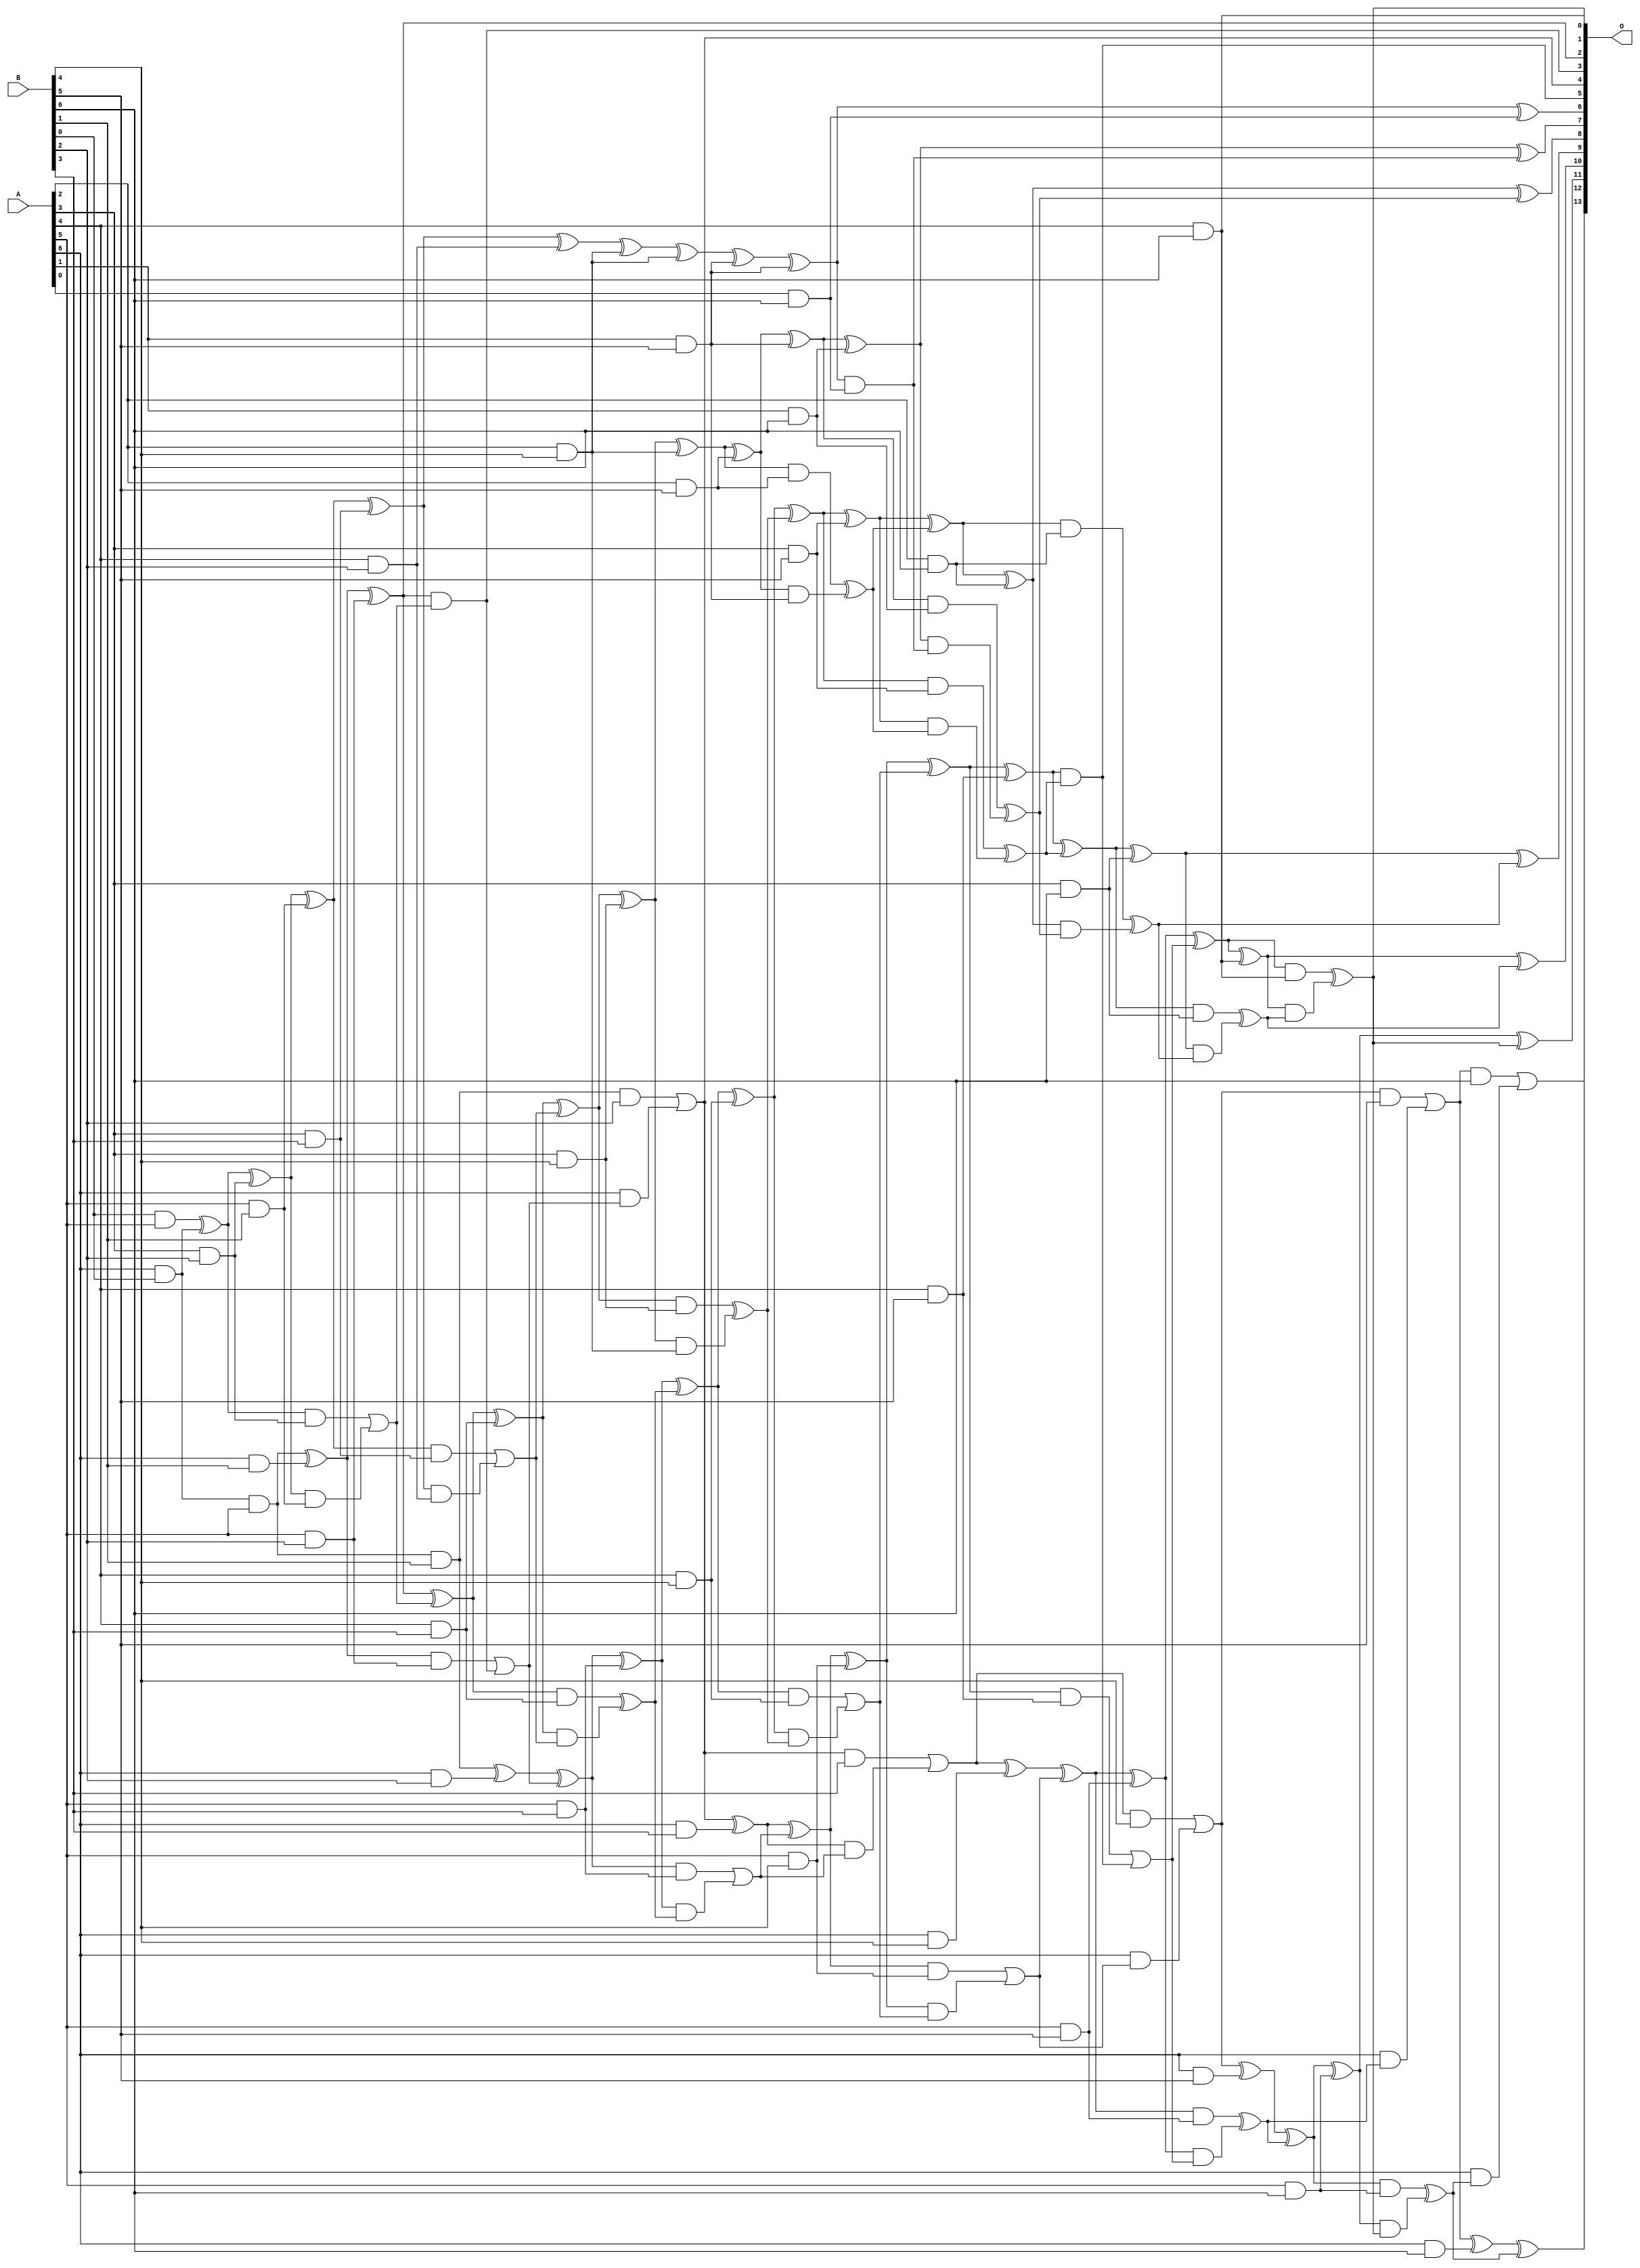
// This program was cloned from: https://github.com/ehw-fit/evoapproxlib
// License: MIT License

/***
* This code is a part of EvoApproxLib library (ehw.fit.vutbr.cz/approxlib) distributed under The MIT License.
* When used, please cite the following article(s): V. Mrazek, S. S. Sarwar, L. Sekanina, Z. Vasicek and K. Roy, "Design of power-efficient approximate multipliers for approximate artificial neural networks," 2016 IEEE/ACM International Conference on Computer-Aided Design (ICCAD), Austin, TX, 2016, pp. 1-7. doi: 10.1145/2966986.2967021 
* This file contains a circuit from a sub-set of pareto optimal circuits with respect to the pwr and mre parameters
***/
// MAE% = 0.23 %
// MAE = 38 
// WCE% = 0.96 %
// WCE = 158 
// WCRE% = 100.00 %
// EP% = 96.04 %
// MRE% = 4.91 %
// MSE = 2248 
// PDK45_PWR = 0.180 mW
// PDK45_AREA = 364.2 um2
// PDK45_DELAY = 1.40 ns


module mul7u_03K(A, B, O);
  input [6:0] A, B;
  output [13:0] O;
  wire [6:0] A, B;
  wire [13:0] O;
  wire sig_27, sig_49, sig_50, sig_51, sig_53, sig_54;
  wire sig_55, sig_56, sig_61, sig_62, sig_63, sig_80;
  wire sig_81, sig_82, sig_83, sig_84, sig_85, sig_87;
  wire sig_89, sig_90, sig_91, sig_92, sig_93, sig_94;
  wire sig_99, sig_100, sig_101, sig_102, sig_114, sig_115;
  wire sig_116, sig_117, sig_118, sig_119, sig_120, sig_121;
  wire sig_122, sig_123, sig_124, sig_125, sig_126, sig_127;
  wire sig_128, sig_129, sig_130, sig_131, sig_132, sig_133;
  wire sig_134, sig_137, sig_138, sig_139, sig_140, sig_141;
  wire sig_148, sig_149, sig_152, sig_153, sig_154, sig_155;
  wire sig_156, sig_157, sig_158, sig_159, sig_160, sig_161;
  wire sig_162, sig_163, sig_164, sig_165, sig_166, sig_167;
  wire sig_168, sig_169, sig_170, sig_171, sig_172, sig_173;
  wire sig_175, sig_176, sig_177, sig_178, sig_179, sig_180;
  wire sig_182, sig_183, sig_186, sig_187, sig_188, sig_189;
  wire sig_190, sig_191, sig_192, sig_193, sig_194, sig_195;
  wire sig_196, sig_197, sig_198, sig_199, sig_201, sig_202;
  wire sig_203, sig_204, sig_205, sig_206, sig_207, sig_208;
  wire sig_209, sig_210, sig_211, sig_212, sig_213, sig_214;
  wire sig_215, sig_216, sig_218, sig_219, sig_221, sig_222;
  wire sig_223, sig_224, sig_226, sig_227, sig_228, sig_229;
  wire sig_231, sig_232, sig_233, sig_234, sig_236, sig_237;
  wire sig_238, sig_239, sig_242, sig_243, sig_244, sig_246;
  wire sig_247, sig_248, sig_249;
  assign sig_27 = A[6] & B[1];
  assign sig_49 = A[6] & B[0];
  assign sig_50 = B[0] & A[5];
  assign sig_51 = A[6] & B[0];
  assign sig_53 = sig_50 ^ sig_49;
  assign sig_54 = sig_51 & A[5];
  assign sig_55 = sig_54 ^ sig_27;
  assign sig_56 = sig_54 & B[1];
  assign sig_61 = A[3] & B[2];
  assign sig_62 = A[5] & B[2];
  assign sig_63 = A[6] & B[2];
  assign sig_80 = A[5] & B[1];
  assign sig_81 = sig_53 ^ sig_61;
  assign sig_82 = sig_53 & sig_61;
  assign sig_83 = sig_81 & sig_80;
  assign sig_84 = sig_81 ^ sig_80;
  assign sig_85 = sig_82 | sig_83;
  assign O[2] = sig_55 ^ sig_62;
  assign sig_87 = sig_55 & sig_62;
  assign O[3] = O[2] & sig_85;
  assign sig_89 = O[2] ^ sig_85;
  assign sig_90 = sig_87 | O[3];
  assign sig_91 = sig_56 ^ sig_63;
  assign sig_92 = sig_56 & B[2];
  assign sig_93 = A[6] & sig_90;
  assign sig_94 = sig_91 ^ sig_90;
  assign O[4] = sig_92 | sig_93;
  assign sig_99 = A[3] & B[3];
  assign sig_100 = A[4] & B[3];
  assign sig_101 = A[5] & B[3];
  assign sig_102 = A[6] & B[3];
  assign sig_114 = A[4] & B[2];
  assign sig_115 = sig_84 ^ sig_99;
  assign sig_116 = sig_84 & sig_99;
  assign sig_117 = sig_115 & sig_114;
  assign sig_118 = sig_115 ^ sig_114;
  assign sig_119 = sig_116 | sig_117;
  assign sig_120 = sig_89 ^ sig_100;
  assign sig_121 = sig_89 & sig_100;
  assign sig_122 = sig_120 & sig_119;
  assign sig_123 = sig_120 ^ sig_119;
  assign sig_124 = sig_121 ^ sig_122;
  assign sig_125 = sig_94 ^ sig_101;
  assign sig_126 = sig_94 & sig_101;
  assign sig_127 = sig_125 & sig_124;
  assign sig_128 = sig_125 ^ sig_124;
  assign sig_129 = sig_126 | sig_127;
  assign sig_130 = O[4] ^ sig_102;
  assign sig_131 = O[4] & B[3];
  assign sig_132 = sig_130 & sig_129;
  assign sig_133 = sig_130 ^ sig_129;
  assign sig_134 = sig_131 | sig_132;
  assign sig_137 = A[2] & B[4];
  assign sig_138 = A[3] & B[4];
  assign sig_139 = A[4] & B[4];
  assign sig_140 = A[5] & B[4];
  assign sig_141 = A[6] & B[4];
  assign sig_148 = B[4] & A[2];
  assign sig_149 = sig_118 ^ sig_137;
  assign sig_152 = sig_149 ^ sig_148;
  assign sig_153 = B[4] & A[2];
  assign sig_154 = sig_123 ^ sig_138;
  assign sig_155 = sig_123 & sig_138;
  assign sig_156 = sig_154 & sig_153;
  assign sig_157 = sig_154 ^ sig_153;
  assign sig_158 = sig_155 ^ sig_156;
  assign sig_159 = sig_128 ^ sig_139;
  assign sig_160 = sig_128 & sig_139;
  assign sig_161 = sig_159 & sig_158;
  assign sig_162 = sig_159 ^ sig_158;
  assign sig_163 = sig_160 | sig_161;
  assign sig_164 = sig_133 ^ sig_140;
  assign sig_165 = sig_133 & sig_140;
  assign sig_166 = sig_164 & sig_163;
  assign sig_167 = sig_164 ^ sig_163;
  assign sig_168 = sig_165 | sig_166;
  assign sig_169 = sig_134 ^ sig_141;
  assign sig_170 = sig_134 & B[4];
  assign sig_171 = A[6] & sig_168;
  assign sig_172 = sig_169 ^ sig_168;
  assign sig_173 = sig_170 | sig_171;
  assign sig_175 = A[1] & B[5];
  assign sig_176 = A[2] & B[5];
  assign sig_177 = A[3] & B[5];
  assign sig_178 = A[4] & B[5];
  assign sig_179 = A[5] & B[5];
  assign sig_180 = A[6] & B[5];
  assign sig_182 = B[5] & A[1];
  assign sig_183 = sig_152 ^ sig_175;
  assign sig_186 = sig_183 ^ sig_182;
  assign sig_187 = A[1] & B[5];
  assign sig_188 = sig_157 ^ sig_176;
  assign sig_189 = sig_157 & sig_176;
  assign sig_190 = sig_188 & sig_187;
  assign sig_191 = sig_188 ^ sig_187;
  assign sig_192 = sig_189 ^ sig_190;
  assign sig_193 = sig_162 ^ sig_177;
  assign sig_194 = sig_162 & sig_177;
  assign sig_195 = sig_193 & sig_192;
  assign sig_196 = sig_193 ^ sig_192;
  assign sig_197 = sig_194 ^ sig_195;
  assign sig_198 = sig_167 ^ sig_178;
  assign sig_199 = sig_167 & sig_178;
  assign O[5] = sig_198 & sig_197;
  assign sig_201 = sig_198 ^ sig_197;
  assign sig_202 = sig_199 | O[5];
  assign sig_203 = sig_172 ^ sig_179;
  assign sig_204 = sig_172 & sig_179;
  assign sig_205 = sig_203 & sig_202;
  assign sig_206 = sig_203 ^ sig_202;
  assign sig_207 = sig_204 ^ sig_205;
  assign sig_208 = sig_173 ^ sig_180;
  assign sig_209 = sig_173 & B[5];
  assign sig_210 = A[6] & sig_207;
  assign sig_211 = sig_208 ^ sig_207;
  assign sig_212 = sig_209 | sig_210;
  assign sig_213 = A[0] & B[6];
  assign sig_214 = A[1] & B[6];
  assign sig_215 = A[2] & B[6];
  assign sig_216 = A[3] & B[6];
  assign O[1] = A[4] & B[6];
  assign sig_218 = A[5] & B[6];
  assign sig_219 = A[6] & B[6];
  assign O[6] = sig_186 ^ sig_213;
  assign sig_221 = sig_186 & sig_213;
  assign sig_222 = sig_191 ^ sig_214;
  assign sig_223 = sig_191 & sig_214;
  assign sig_224 = sig_222 & sig_221;
  assign O[7] = sig_222 ^ sig_221;
  assign sig_226 = sig_223 ^ sig_224;
  assign sig_227 = sig_196 ^ sig_215;
  assign sig_228 = sig_196 & sig_215;
  assign sig_229 = sig_227 & sig_226;
  assign O[8] = sig_227 ^ sig_226;
  assign sig_231 = sig_228 ^ sig_229;
  assign sig_232 = sig_201 ^ sig_216;
  assign sig_233 = sig_201 & sig_216;
  assign sig_234 = sig_232 & sig_231;
  assign O[9] = sig_232 ^ sig_231;
  assign sig_236 = sig_233 ^ sig_234;
  assign sig_237 = sig_206 ^ O[1];
  assign sig_238 = sig_206 & O[1];
  assign sig_239 = sig_237 & sig_236;
  assign O[10] = sig_237 ^ sig_236;
  assign O[0] = sig_238 ^ sig_239;
  assign sig_242 = sig_211 ^ sig_218;
  assign sig_243 = sig_211 & sig_218;
  assign sig_244 = sig_242 & O[0];
  assign O[11] = sig_242 ^ O[0];
  assign sig_246 = sig_243 ^ sig_244;
  assign sig_247 = sig_212 ^ sig_219;
  assign sig_248 = sig_212 & B[6];
  assign sig_249 = A[6] & sig_246;
  assign O[12] = sig_247 ^ sig_246;
  assign O[13] = sig_248 | sig_249;
endmodule